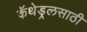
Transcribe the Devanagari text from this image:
कॅथेड्रलसाठी